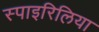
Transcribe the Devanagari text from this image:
स्पाइरिलिया